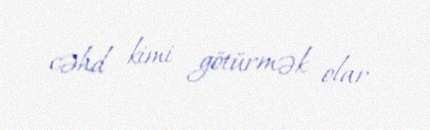
cəhd kimi götürmək olar.